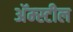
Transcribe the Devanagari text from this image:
अॅम्स्टील